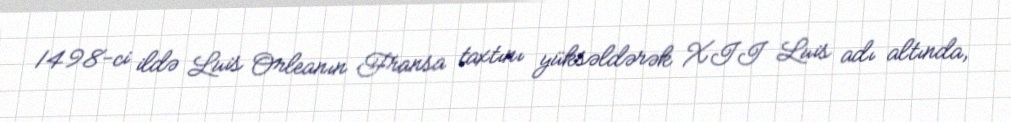
1498-ci ildə Luis Orleanın Fransa taxtını yüksəldərək XII Luis adı altında,